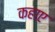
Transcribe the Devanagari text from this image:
कहाए